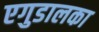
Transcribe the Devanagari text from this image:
एगुडालका